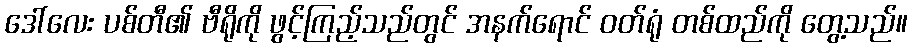
ဒေါ်လေး ပစ်တီ၏ ဗီရိုကို ဖွင့်ကြည့်သည်တွင် အနက်ရောင် ဝတ်ရုံ တစ်ထည်ကို တွေ့သည်။